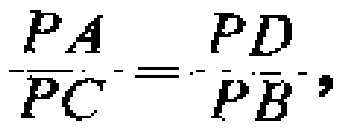
\(\frac{PA}{PC}=\frac{PD}{PB},\)